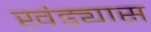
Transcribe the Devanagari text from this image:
खंड्यास